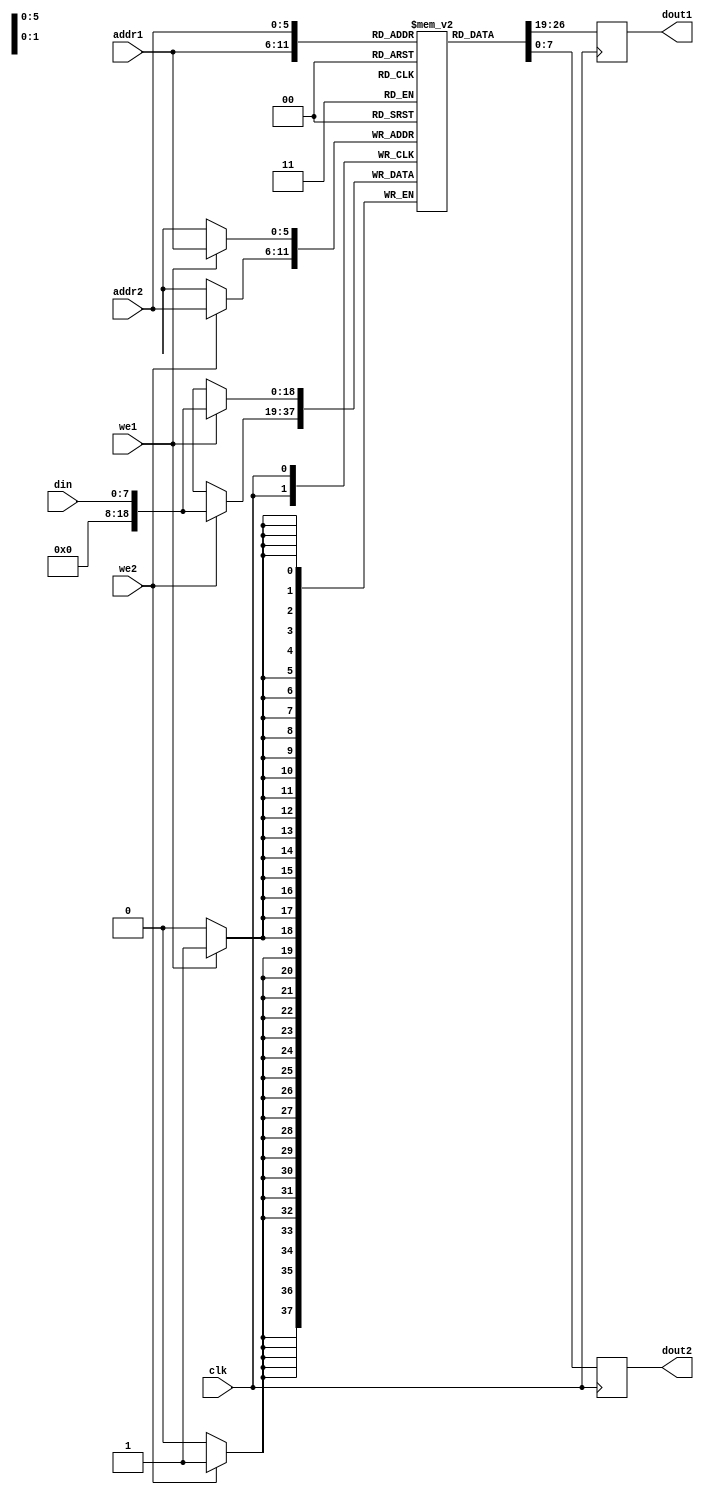
module dual_port_RAM
#(
    parameter file = "", parameter size = 8
)
(
    input wire clk,
    input wire we1, we2,
    input wire [5:0] addr1, addr2,
    input wire [size-1:0] din,
    output reg signed [size-1:0] dout1, dout2
);

reg signed [18:0] mem[63:0];

always @(posedge clk)
begin
    if (we1 == 1) begin
        mem[addr1] <= din;
	 end
	 dout1 <= mem[addr1];
	 
	 if (we2 == 1) begin
        mem[addr2] <= din;
	 end
	 dout2 <= mem[addr2];
end

initial
begin
	if (file != "")
		begin
			$readmemb(file, mem);
		end
end

endmodule